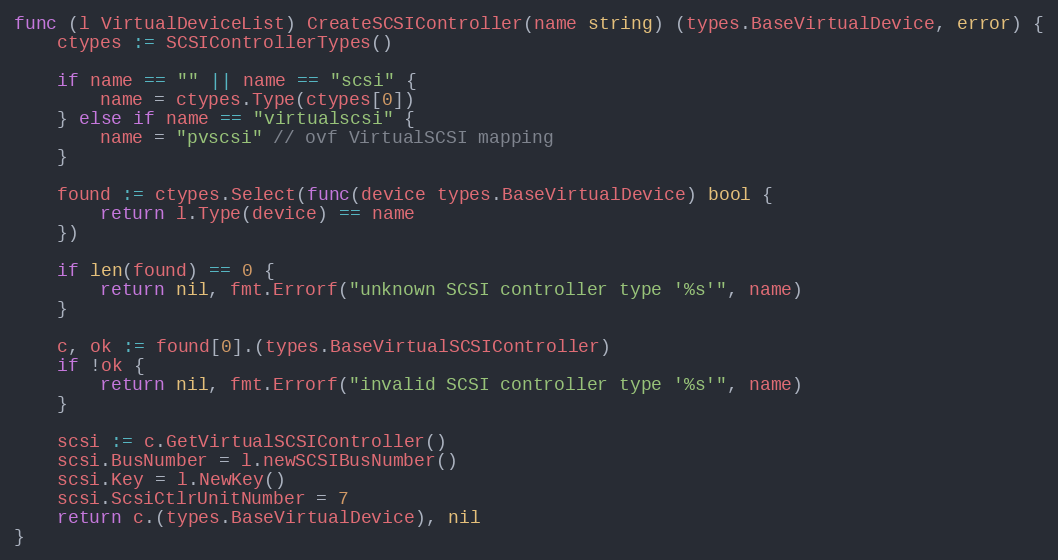
Language: Go
func (l VirtualDeviceList) CreateSCSIController(name string) (types.BaseVirtualDevice, error) {
	ctypes := SCSIControllerTypes()

	if name == "" || name == "scsi" {
		name = ctypes.Type(ctypes[0])
	} else if name == "virtualscsi" {
		name = "pvscsi" // ovf VirtualSCSI mapping
	}

	found := ctypes.Select(func(device types.BaseVirtualDevice) bool {
		return l.Type(device) == name
	})

	if len(found) == 0 {
		return nil, fmt.Errorf("unknown SCSI controller type '%s'", name)
	}

	c, ok := found[0].(types.BaseVirtualSCSIController)
	if !ok {
		return nil, fmt.Errorf("invalid SCSI controller type '%s'", name)
	}

	scsi := c.GetVirtualSCSIController()
	scsi.BusNumber = l.newSCSIBusNumber()
	scsi.Key = l.NewKey()
	scsi.ScsiCtlrUnitNumber = 7
	return c.(types.BaseVirtualDevice), nil
}